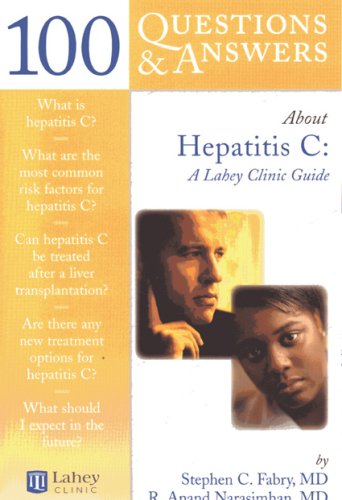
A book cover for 100 Questions  &  Answers About Hepatitis C: A Lahey Clinic Guide; Stephen C. Fabry; Health, Fitness & Dieting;